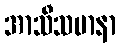
အာသီသမာနာ